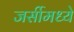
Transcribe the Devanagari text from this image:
जर्सीमध्ये